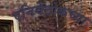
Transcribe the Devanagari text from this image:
एनिवेटोकच्या